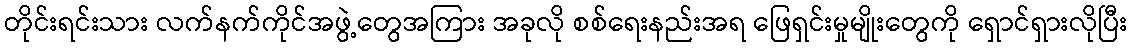
တိုင်းရင်းသား လက်နက်ကိုင်အဖွဲ့တွေအကြား အခုလို စစ်ရေးနည်းအရ ဖြေရှင်းမှုမျိုးတွေကို ရှောင်ရှားလိုပြီး